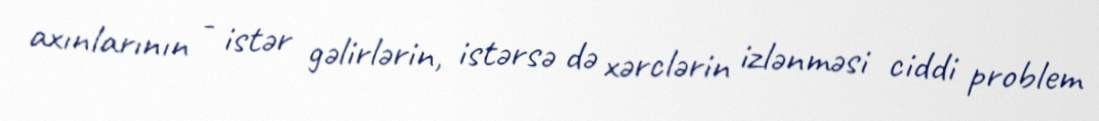
axınlarının - istər gəlirlərin, istərsə də xərclərin izlənməsi ciddi problem